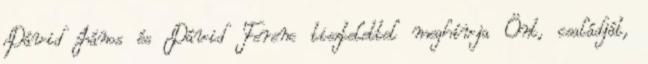
Dávid János és Dávid Ferenc tisztelettel meghívja Önt, családját,